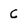
Character: c